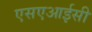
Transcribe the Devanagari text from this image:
एसएआईसी